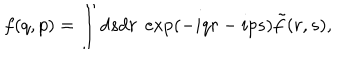
f ( q , p ) = \int d s d r \; \exp ( - i q r - i p s ) \tilde { f } ( r , s ) ,